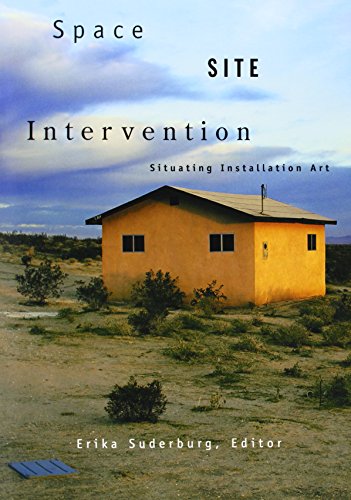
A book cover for Space, Site, Intervention: Situating Installation Art; Erika Suderburg; Arts & Photography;